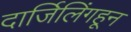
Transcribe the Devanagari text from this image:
दार्जिलिंगहून